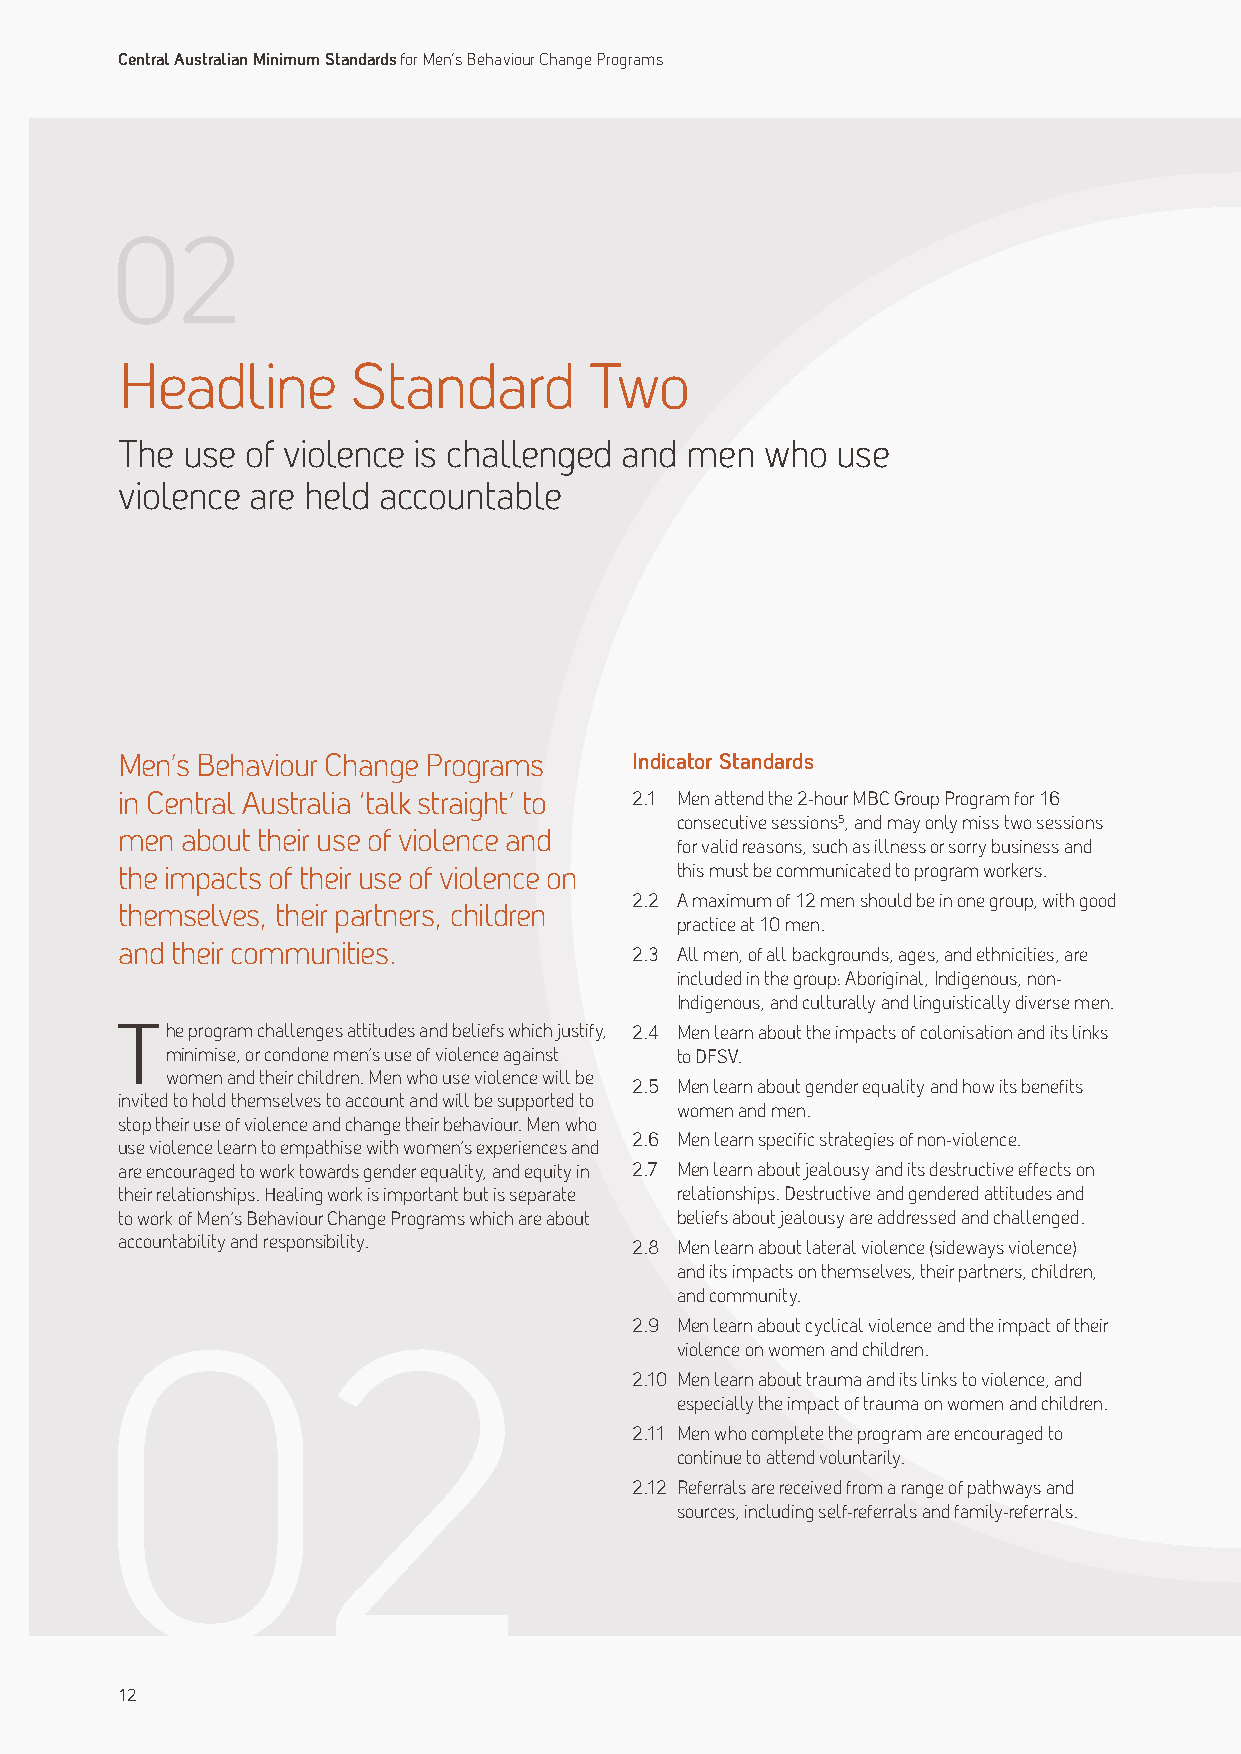
Central Australian Minimum Standards for Men’s Behaviour Change Programs
 Headline       Standard        Two
 The use of violence is challenged and men  who use
 violence are held accountable
 Men’s Behaviour Change Programs   Indicator Standards
 in Central Australia ‘talk straight’ to 2.1 Men attend the 2-hour MBC Group Program for 16
 consecutive sessions5, and may only miss two sessions
 men about their use of violence and
 for valid reasons, such as illness or sorry business and
 the impacts of their use of violence on this must be communicated to program workers.
 2.2 A maximum of 12 men should be in one group, with good
 themselves, their partners, children
 practice at 10 men.
 and their communities.
 2.3 All men, of all backgrounds, ages, and ethnicities, are
 included in the group: Aboriginal, Indigenous, non-
 Indigenous, and culturally and linguistically diverse men.
 The program challenges attitudes and beliefs which justify, 2.4 Men learn about the impacts of colonisation and its links
 minimise, or condone men’s use of violence against to DFSV.
 women and their children. Men who use violence will be
 2.5 Men learn about gender equality and how its benefits
 invited to hold themselves to account and will be supported to
 women and men.
 stop their use of violence and change their behaviour. Men who
 2.6 Men learn specific strategies of non-violence.
 use violence learn to empathise with women’s experiences and
 are encouraged to work towards gender equality, and equity in 2.7 Men learn about jealousy and its destructive effects on
 their relationships. Healing work is important but is separate relationships. Destructive and gendered attitudes and
 to work of Men’s Behaviour Change Programs which are about beliefs about jealousy are addressed and challenged.
 accountability and responsibility. 2.8 Men learn about lateral violence (sideways violence)
 and its impacts on themselves, their partners, children,
 and community.
 2.9 Men learn about cyclical violence and the impact of their
 violence on women and children.
 2.10 Men learn about trauma and its links to violence, and
 especially the impact of trauma on women and children.
 2.11 Men who complete the program are encouraged to
 continue to attend voluntarily.
 2.12 Referrals are received from a range of pathways and
 sources, including self-referrals and family-referrals.
 12